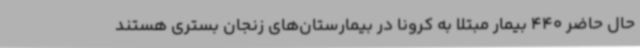
حال حاضر 440 بیمار مبتلا به کرونا در بیمارستان‌های زنجان بستری هستند